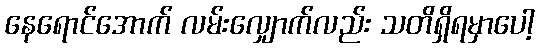
နေရောင်အောက် လမ်းလျှောက်လည်း သတိရှိရမှာပေါ့